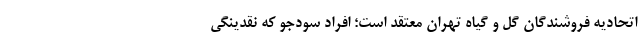
اتحادیه فروشندگان گل و گیاه تهران معتقد است؛ افراد سودجو که نقدینگی